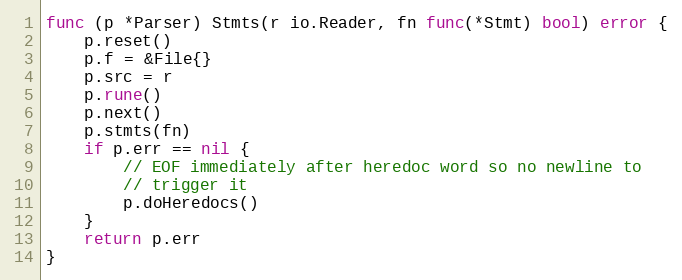
Language: Go
func (p *Parser) Stmts(r io.Reader, fn func(*Stmt) bool) error {
	p.reset()
	p.f = &File{}
	p.src = r
	p.rune()
	p.next()
	p.stmts(fn)
	if p.err == nil {
		// EOF immediately after heredoc word so no newline to
		// trigger it
		p.doHeredocs()
	}
	return p.err
}